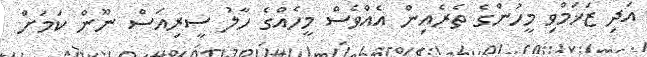
އަދި ޒަޚަމްވި މީހުންގެ ތެރެއިން އެއްވެސް މީހެއްގެ ހާލު ސީރިއަސް ނޫން ކަމަށް